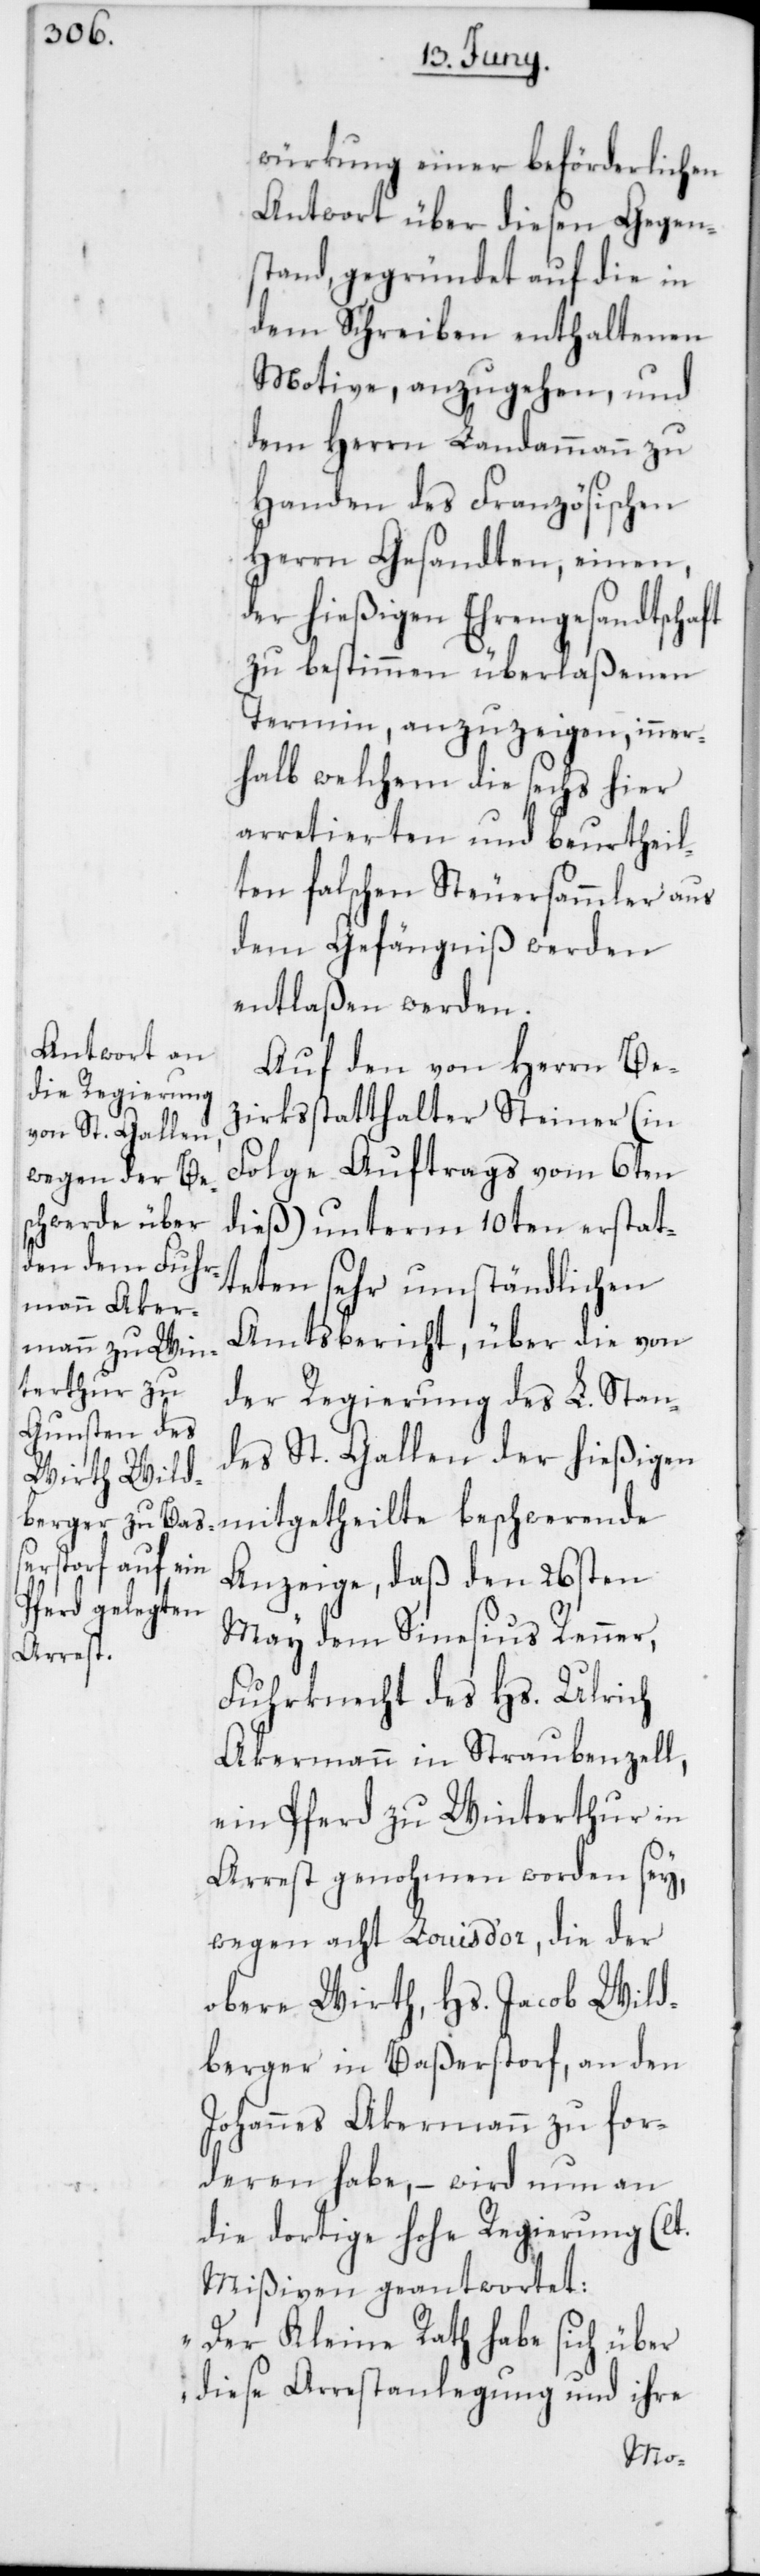
würkung einer beförderlichen
Antwort über diesen Gegen¬
stand, gegründet auf die in
dem Schreiben enthaltenen
Motive, anzugehen, und
dem Herrn Landammann zu
Handen des Französischen
Herrn Gesandten, einen,
der hießigen Ehrengesandtschaft
zu bestimmen überlaßenen
Termin, anzuzeigen, inner¬
halb welchem die sechs hier
arretierten und beurtheil¬
ten falschen Steuersammler aus
dem Gefängniß werden
entlaßen werden.
Auf den von Herrn Be¬
zirksstatthalter Steiner (in
Folge Auftrags vom 6ten
dieß) unterm 10ten erstat¬
teten sehr umständlichen
Amtsbericht, über die von
der Regierung des L. Stan¬
des St. Gallen der hießigen
mitgetheilte beschwerende
Anzeige, daß den 26sten
May dem Sinesius Renner,
Fuhrknecht des Hs. Ulrich
Akermann in Straubenzell,
ein Pferd zu Winterthur in
Arrest genohmen worden sey,
wegen acht Louis d’or, die der
obere Wirth, Hs. Jacob Wild¬
berger in Baßertorf, an den
Johannes Akermann zu for¬
deren habe, – wird nun an
die dortige hohe Regierung (lt.
Mißiven) geantwortet:
„Der Kleine Rath habe sich über
diese Arrestanlegung und ihre